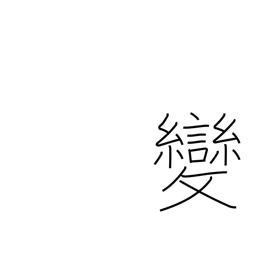
Meaning: strange